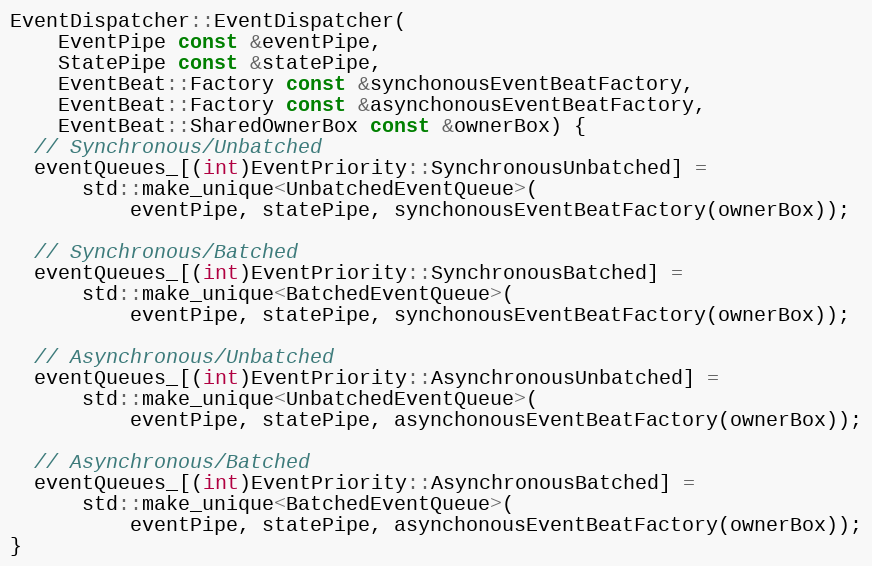
Language: C++
EventDispatcher::EventDispatcher(
    EventPipe const &eventPipe,
    StatePipe const &statePipe,
    EventBeat::Factory const &synchonousEventBeatFactory,
    EventBeat::Factory const &asynchonousEventBeatFactory,
    EventBeat::SharedOwnerBox const &ownerBox) {
  // Synchronous/Unbatched
  eventQueues_[(int)EventPriority::SynchronousUnbatched] =
      std::make_unique<UnbatchedEventQueue>(
          eventPipe, statePipe, synchonousEventBeatFactory(ownerBox));

  // Synchronous/Batched
  eventQueues_[(int)EventPriority::SynchronousBatched] =
      std::make_unique<BatchedEventQueue>(
          eventPipe, statePipe, synchonousEventBeatFactory(ownerBox));

  // Asynchronous/Unbatched
  eventQueues_[(int)EventPriority::AsynchronousUnbatched] =
      std::make_unique<UnbatchedEventQueue>(
          eventPipe, statePipe, asynchonousEventBeatFactory(ownerBox));

  // Asynchronous/Batched
  eventQueues_[(int)EventPriority::AsynchronousBatched] =
      std::make_unique<BatchedEventQueue>(
          eventPipe, statePipe, asynchonousEventBeatFactory(ownerBox));
}